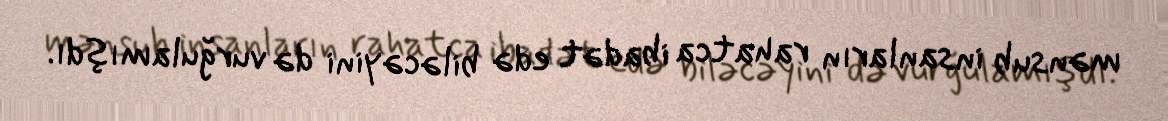
mənsub insanların rahatca ibadət edə biləcəyini də vurğulamışdı.